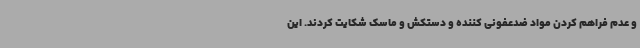
و عدم فراهم کردن مواد ضدعفونی کننده و دستکش و ماسک شکایت کردند. این